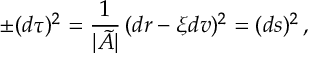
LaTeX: \pm ( d \tau ) ^ { 2 } = \frac { 1 } { \vert \tilde { A } \vert } \, ( d r - \xi d v ) ^ { 2 } = ( d s ) ^ { 2 } \, ,